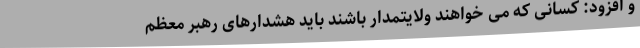
و افزود: کسانی که می خواهند ولایتمدار باشند باید هشدارهای رهبر معظم